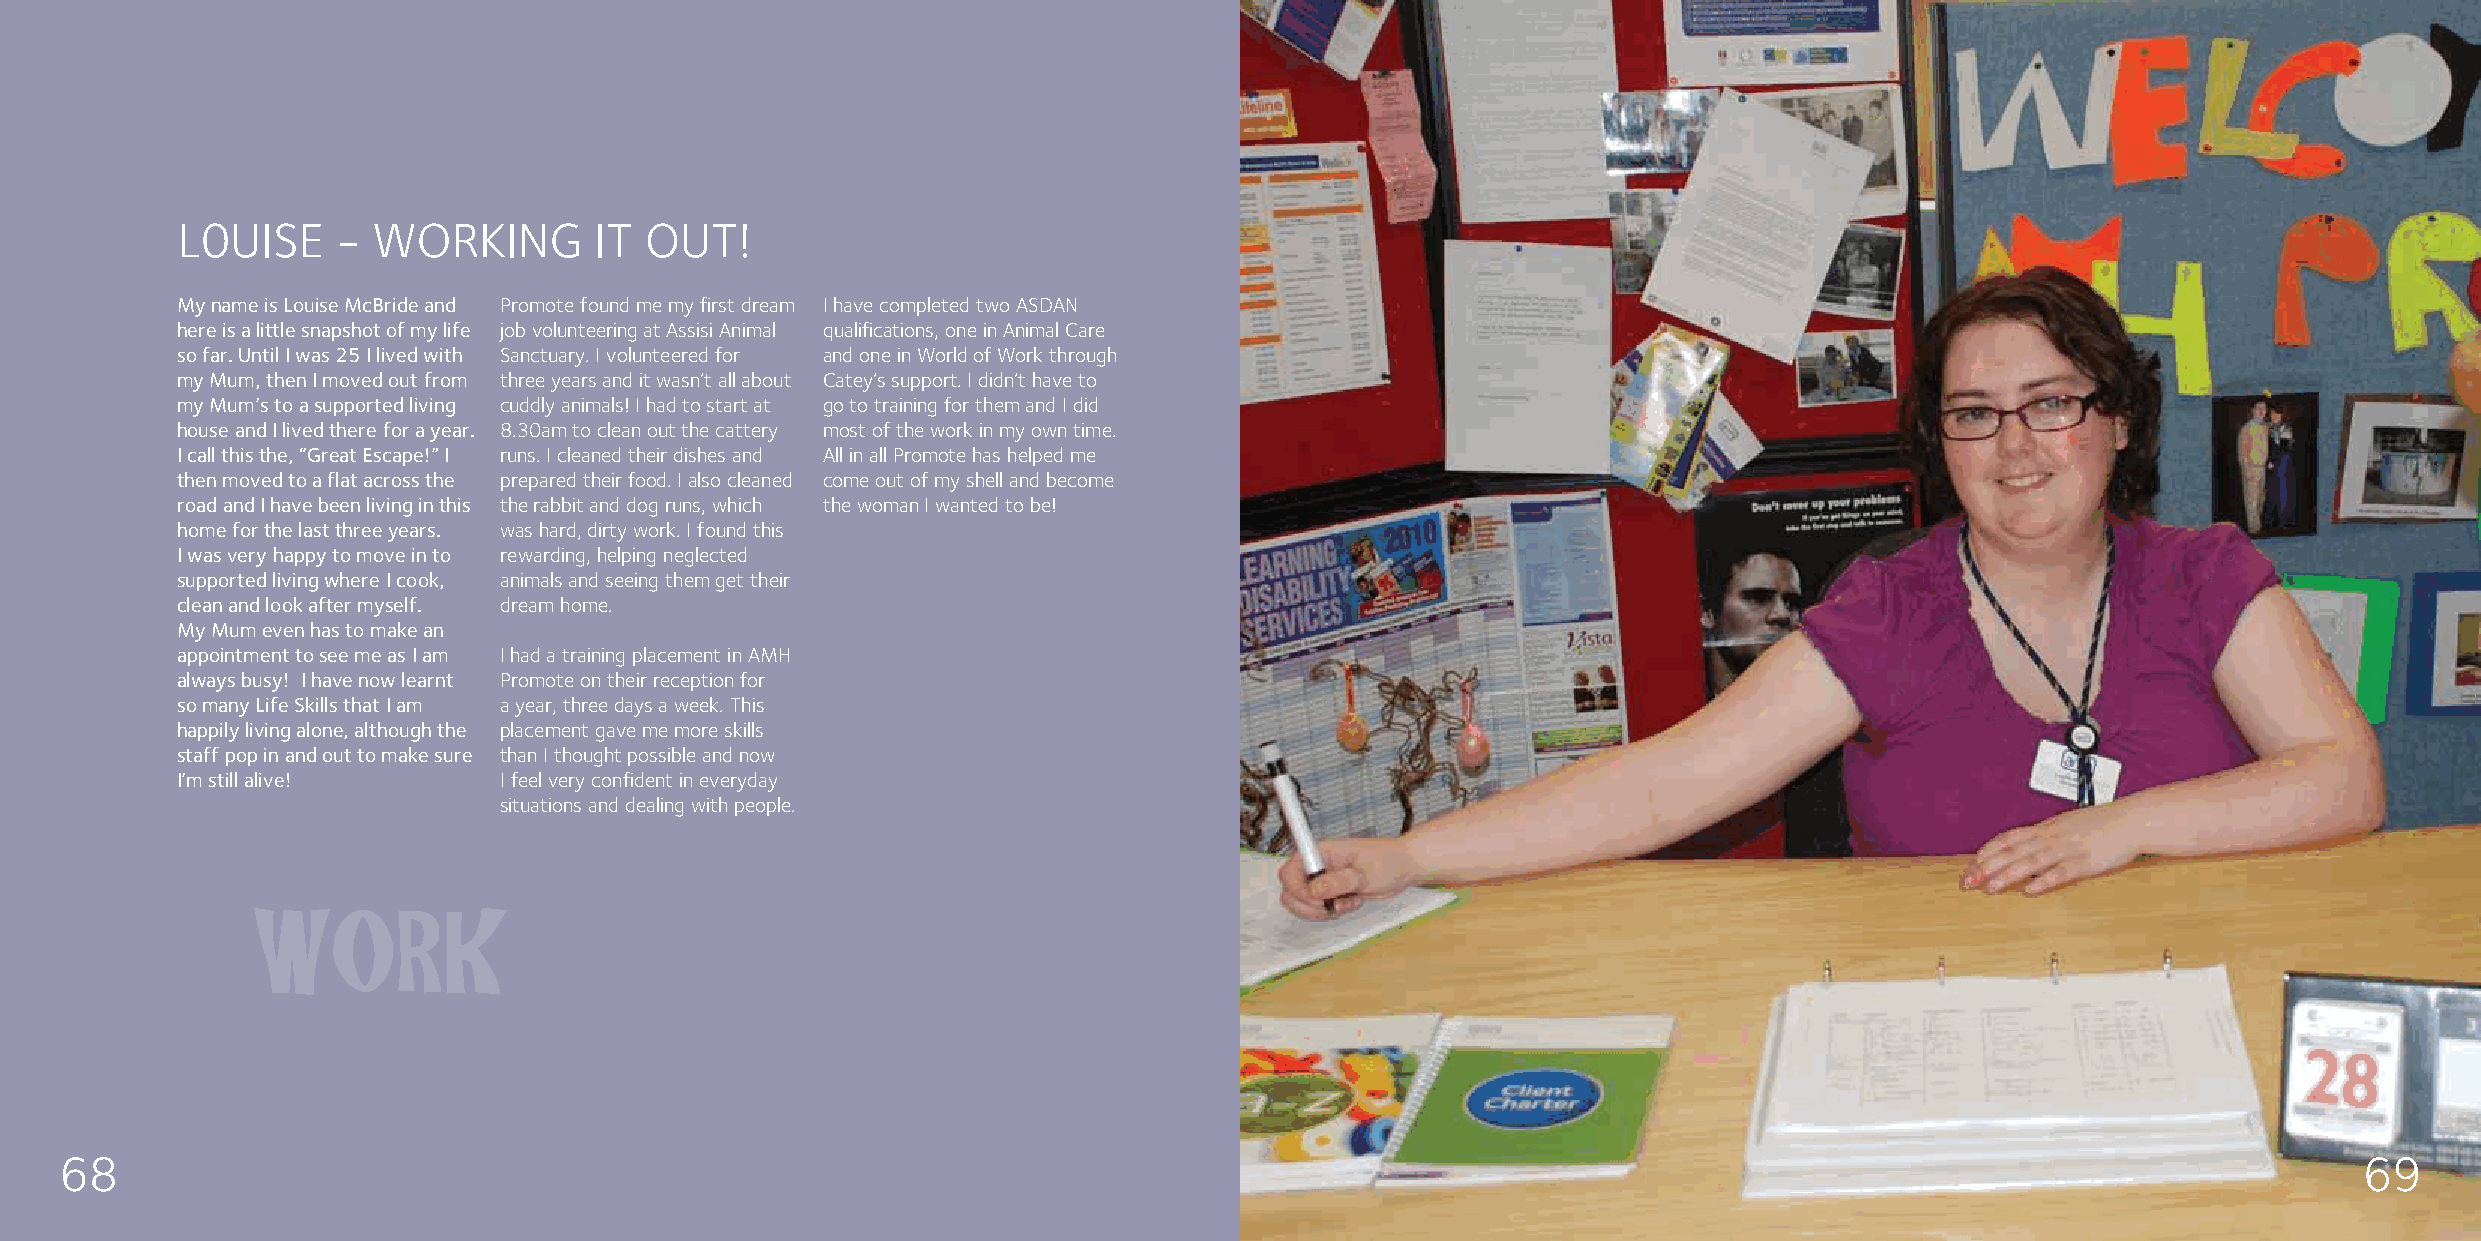
L0UISE    -  WORKING       IT  OUT!
 My name is Louise McBride and Promote found me my first dream I have completed two ASDAN
 here is a little snapshot of my life job volunteering at Assisi Animal qualifications, one in Animal Care
 so far. Until I was 25 I lived with Sanctuary. I volunteered for and one in World of Work through
 my Mum, then I moved out from three years and it wasn’t all about Catey’s support. I didn’t have to
 my Mum’s to a supported living cuddly animals! I had to start at go to training for them and I did
 house and I lived there for a year. 8.30am to clean out the cattery most of the work in my own time.
 I call this the, “Great Escape!” I runs. I cleaned their dishes and All in all Promote has helped me
 then moved to a flat across the prepared their food. I also cleaned come out of my shell and become
 road and I have been living in this the rabbit and dog runs, which the woman I wanted to be!
 home for the last three years. was hard, dirty work. I found this
 I was very happy to move in to rewarding, helping neglected
 supported living where I cook, animals and seeing them get their
 clean and look after myself. dream home.
 My Mum even has to make an
 appointment to see me as I am I had a training placement in AMH
 always busy! I have now learnt Promote on their reception for
 so many Life Skills that I am a year, three days a week. This
 happily living alone, although the placement gave me more skills
 staff pop in and out to make sure than I thought possible and now
 I’m still alive!     I feel very confident in everyday
 situations and dealing with people.
 WORK
 OPPORTUNITIES
 68                                                                                                                                                      69